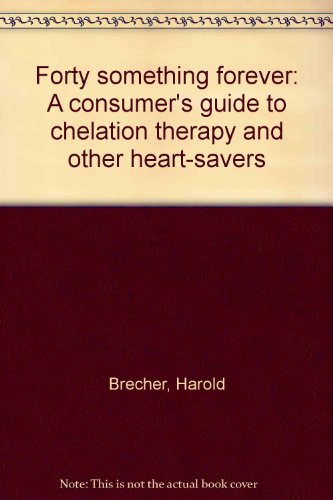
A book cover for Forty something forever: A consumer's guide to chelation therapy and other heart-savers; Harold Brecher; Health, Fitness & Dieting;